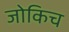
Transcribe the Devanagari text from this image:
जोकिच